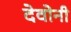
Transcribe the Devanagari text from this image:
देवोनी